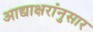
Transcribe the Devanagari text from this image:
आद्याक्षरांनुसार